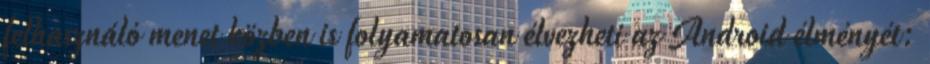
felhasználó menet közben is folyamatosan élvezheti az Android élményét: